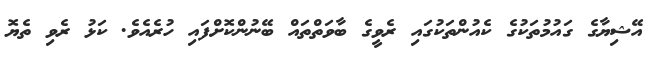
އޭޝިޔާގެ ގައުމުތަކުގެ ކެއުންތަކުގައި ރެވީގެ ބާވަތްތައް ބޭނުންކޮށްފައި ހުރެއެވެ. ކަޅު ރެވި ތެޔޮ